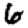
Digit: 6